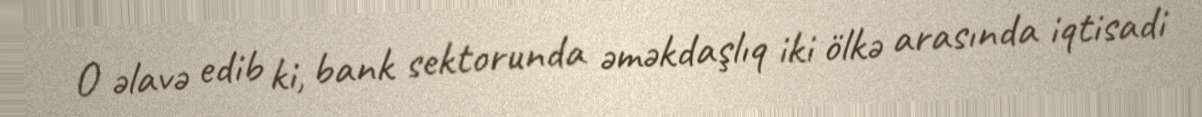
O əlavə edib ki, bank sektorunda əməkdaşlıq iki ölkə arasında iqtisadi